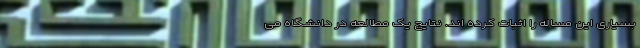
بسیاری این مساله را اثبات کرده اند. نتایج یک مطالعه در دانشگاه می